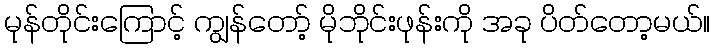
မုန်တိုင်းကြောင့် ကျွန်တော့် မိုဘိုင်းဖုန်းကို အခု ပိတ်တော့မယ်။